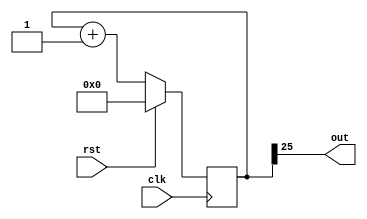
/*
   This file was generated automatically by the Mojo IDE version B1.3.6.
   Do not edit this file directly. Instead edit the original Lucid source.
   This is a temporary file and any changes made to it will be destroyed.
*/

/*
   Parameters:
     DIV = 26
*/
module led_flasher_20 (
    input clk,
    input rst,
    output reg out
  );
  
  localparam DIV = 5'h1a;
  
  
  reg [25:0] M_counter_d, M_counter_q = 1'h0;
  
  always @* begin
    M_counter_d = M_counter_q;
    
    out = M_counter_q[25+0-:1];
    M_counter_d = M_counter_q + 1'h1;
  end
  
  always @(posedge clk) begin
    if (rst == 1'b1) begin
      M_counter_q <= 1'h0;
    end else begin
      M_counter_q <= M_counter_d;
    end
  end
  
endmodule